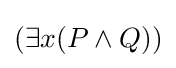
(\exists x(P\wedge Q))